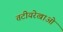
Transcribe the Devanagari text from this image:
तटीयरेखाओं